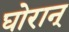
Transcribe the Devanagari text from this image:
घोरान्